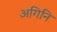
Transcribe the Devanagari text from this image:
अगिनि